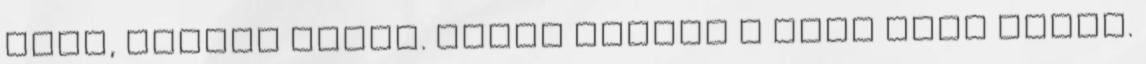
igen, sokáig bírta. Aztán megint a lány szól közbe.